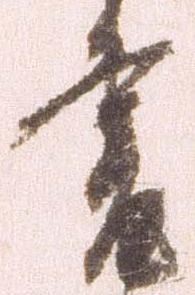
書